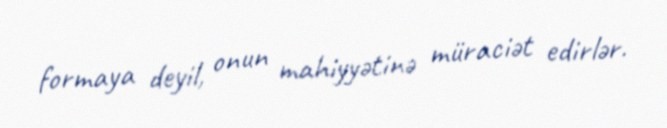
formaya deyil, onun mahiyyətinə müraciət edirlər.